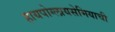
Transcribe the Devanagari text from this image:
हायपोग्लायसेमियाची